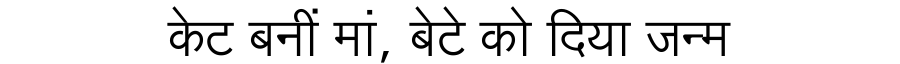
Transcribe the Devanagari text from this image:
केट बनीं मां, बेटे को दिया जन्म